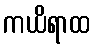
ကယိရာထ